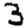
Digit: 3